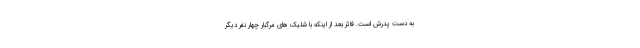
به دست پدرش است. فائز بعد از اینکه با شلیک های مرگبار چهار نفر دیگر